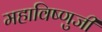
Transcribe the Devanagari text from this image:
महाविष्णुजी